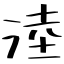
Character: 淕